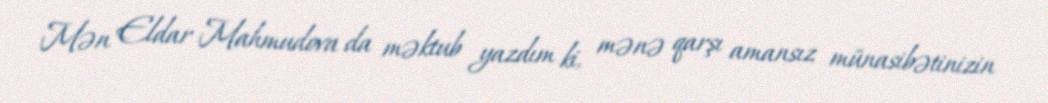
Mən Eldar Mahmudova da məktub yazdım ki, mənə qarşı amansız münasibətinizin